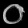
Digit: ၀